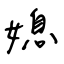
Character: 媳